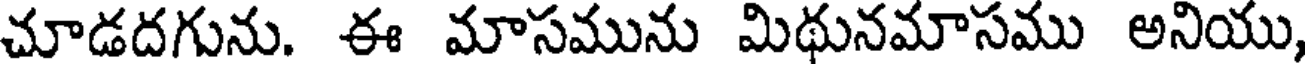
చూడదగును. ఈ మాసమును మిథునమాసము అనియు,